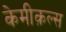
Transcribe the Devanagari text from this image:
केमीक़ल्स